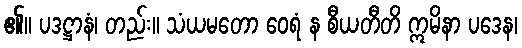
၏။ ပဒဋ္ဌာနံ၊ တည်း။ သံယမတော ဝေရံ န စီယတီတိ ဣမိနာ ပဒေန၊